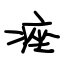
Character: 痤